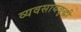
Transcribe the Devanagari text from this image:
व्यवसायवृद्धी